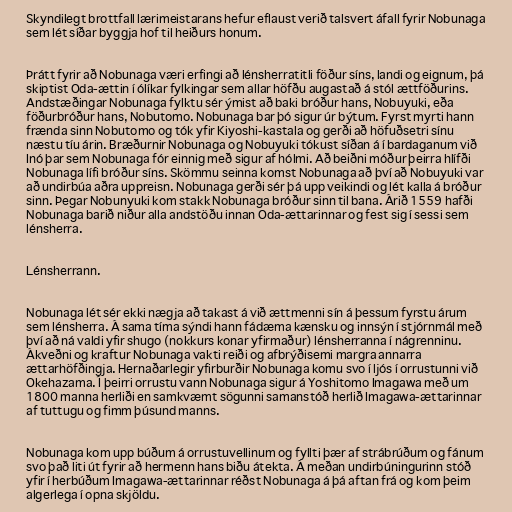
Skyndilegt brottfall lærimeistarans hefur eflaust verið talsvert áfall fyrir Nobunaga
sem lét síðar byggja hof til heiðurs honum.

Þrátt fyrir að Nobunaga væri erfingi að lénsherratitli föður síns, landi og eignum, þá
skiptist Oda-ættin í ólíkar fylkingar sem allar höfðu augastað á stól ættföðurins.
Andstæðingar Nobunaga fylktu sér ýmist að baki bróður hans, Nobuyuki, eða
föðurbróður hans, Nobutomo. Nobunaga bar þó sigur úr býtum. Fyrst myrti hann
frænda sinn Nobutomo og tók yfir Kiyoshi-kastala og gerði að höfuðsetri sínu
næstu tíu árin. Bræðurnir Nobunaga og Nobuyuki tókust síðan á í bardaganum við
Inó þar sem Nobunaga fór einnig með sigur af hólmi. Að beiðni móður þeirra hlífði
Nobunaga lífi bróður síns. Skömmu seinna komst Nobunaga að því að Nobuyuki var
að undirbúa aðra uppreisn. Nobunaga gerði sér þá upp veikindi og lét kalla á bróður
sinn. Þegar Nobunyuki kom stakk Nobunaga bróður sinn til bana. Árið 1559 hafði
Nobunaga barið niður alla andstöðu innan Oda-ættarinnar og fest sig í sessi sem
lénsherra.

Lénsherrann.

Nobunaga lét sér ekki nægja að takast á við ættmenni sín á þessum fyrstu árum
sem lénsherra. Á sama tíma sýndi hann fádæma kænsku og innsýn í stjórnmál með
því að ná valdi yfir shugo (nokkurs konar yfirmaður) lénsherranna í nágrenninu.
Ákveðni og kraftur Nobunaga vakti reiði og afbrýðisemi margra annarra
ættarhöfðingja. Hernaðarlegir yfirburðir Nobunaga komu svo í ljós í orrustunni við
Okehazama. Í þeirri orrustu vann Nobunaga sigur á Yoshitomo Imagawa með um
1800 manna herliði en samkvæmt sögunni samanstóð herlið Imagawa-ættarinnar
af tuttugu og fimm þúsund manns.

Nobunaga kom upp búðum á orrustuvellinum og fyllti þær af strábrúðum og fánum
svo það liti út fyrir að hermenn hans biðu átekta. Á meðan undirbúningurinn stóð
yfir í herbúðum Imagawa-ættarinnar réðst Nobunaga á þá aftan frá og kom þeim
algerlega í opna skjöldu.